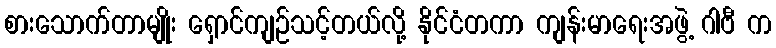
စားသောက်တာမျိုး ရှောင်ကျဉ်သင့်တယ်လို့ နိုင်ငံတကာ ကျန်းမာရေးအဖွဲ့ ဂါဗီ က